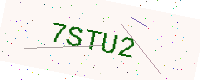
Text: 7STU2